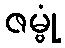
ဇမ္ဗုံ